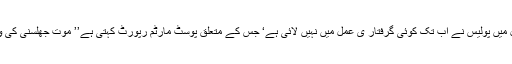
زین انصاری کے قتل میں پولیس نے اب تک کوئی گرفتار ی عمل میں نہیں لائی ہے‘ جس کے متعلق پوسٹ مارٹم رپورٹ کہتی ہے’’ موت جھلسنی کی وجہہ سے ہوئی ہے‘‘۔